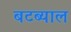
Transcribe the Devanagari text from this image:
बटब्याल